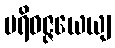
ပရိဝဇ္ဇယေယျ